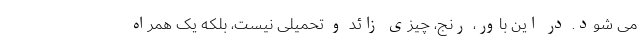
می شود. در این باور، رنج، چیزی زائد و تحمیلی نیست، بلکه یک همراه